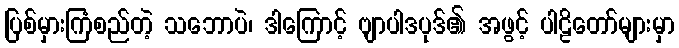
ပြစ်မှားကြံစည်တဲ့ သဘောပဲ၊ ဒါကြောင့် ဗျာပါဒပုဒ်၏ အဖွင့် ပါဠိတော်များမှာ